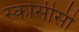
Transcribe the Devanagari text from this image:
स्कोर्सीसी